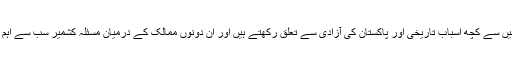
ان میں سے کچھ اسباب تاریخی اور پاکستان کی آزادی سے تعلق رکھتے ہیں اور ان دونوں ممالک کے درمیان مسئلہ کشمیر سب سے اہم ہے۔